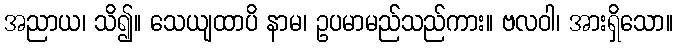
အညာယ၊ သိ၍။ သေယျထာပိ နာမ၊ ဥပမာမည်သည်ကား။ ဗလဝါ၊ အားရှိသော။